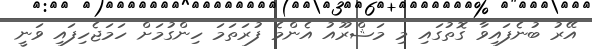
އޭރު ބުނެފައިވާ ގޮތުގައި މި މަޝްރޫއު އެންމެ ފުރަތަމަ ހިންގުމަށް ހަމަޖެހިފައި ވަނީ